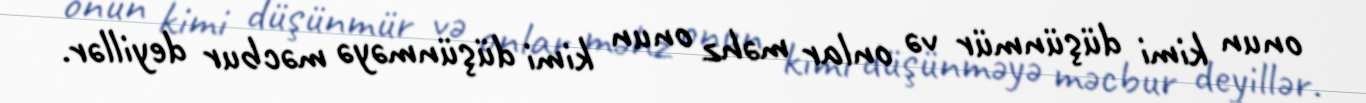
onun kimi düşünmür və onlar məhz onun kimi düşünməyə məcbur deyillər.